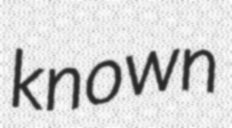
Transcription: known